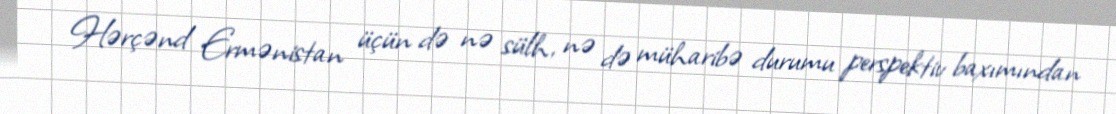
Hərçənd Ermənistan üçün də nə sülh, nə də müharibə durumu perspektiv baxımından